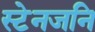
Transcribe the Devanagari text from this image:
स्टेनजनि